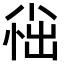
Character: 𫵀